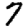
Digit: 7